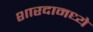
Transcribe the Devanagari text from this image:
शारदामध्ये